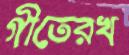
গীতেরখ